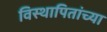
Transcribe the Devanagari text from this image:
विस्थापितांच्या